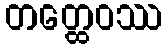
တတ္ထေဝဿ